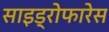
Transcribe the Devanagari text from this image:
साइड्रोफारेस